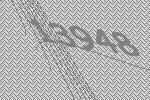
13948